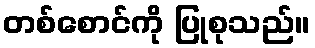
တစ်စောင်ကို ပြုစုသည်။